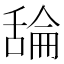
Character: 𦧣